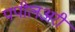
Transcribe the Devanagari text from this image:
पपीलअरी